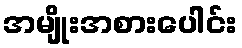
အမျိုးအစားပေါင်း